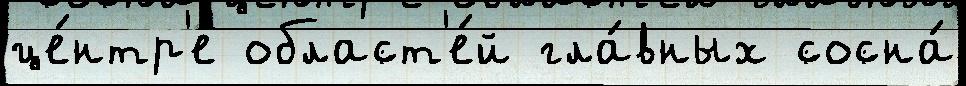
це́нтр'е област'е́й гла́вных сосна́